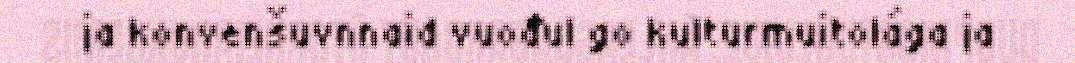
ja konvenšuvnnaid vuođul go kulturmuitolága ja